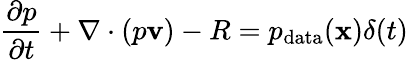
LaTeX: \frac{\partial p}{\partial t}+\nabla\cdot(p\mathbf{v})-R=p_{\mathrm{data}}(\mathbf{x})\delta(t)